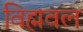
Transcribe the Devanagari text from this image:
विह्मवल